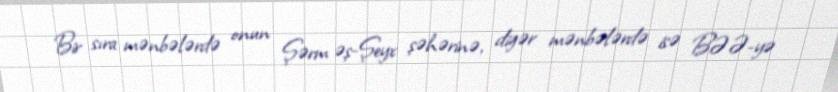
Bir sıra mənbələrdə onun Şərm əş-Şeyx şəhərinə, digər mənbələrdə isə BƏƏ-yə